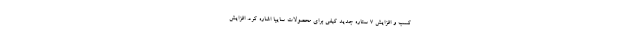
كسب و افزایش ۷ ستاره جدید کیفی براي محصولات سايپا اشاره كرد. افزایش